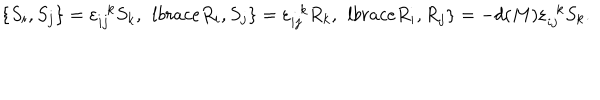
\lbrace S _ { i } , S _ { j } \rbrace = \varepsilon _ { i j } ^ { \ \ k } S _ { k } , \ \, l b r a c e R _ { i } , S _ { j } \rbrace = \varepsilon _ { i j } ^ { \ \ k } R _ { k } , \ \, l b r a c e R _ { i } , R _ { j } \rbrace = - d ( M ) \varepsilon _ { i j } ^ { \ \ k } S _ { k } .